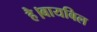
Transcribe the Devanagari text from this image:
है।बायबिल